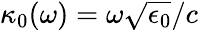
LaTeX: \kappa_{0}(\omega)=\omega\sqrt{\epsilon_{0}}/c